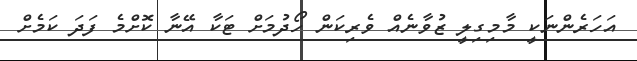
އަހަރެންނަކީ މާމިގިލީ ޒުވާނެއް ވެރިކަން ހޯދުމަށް ޓަކާ އޭނާ ކޮށްމެ ފަދަ ކަމެށް